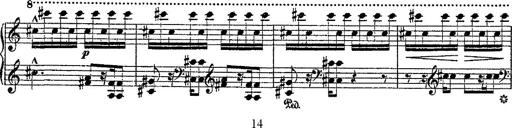
Title: Fantaisie romantique sur deux mÃ©lodies suisses
Composer: Franz Liszt